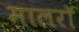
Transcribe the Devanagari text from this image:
मालरॉ